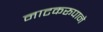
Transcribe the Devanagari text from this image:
नाटकरूपाने